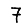
Digit: 7